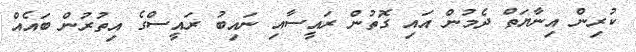
ކުރިން އިނާޔަތް ދެމުން އައި ގޮތުން ރައީސާއި ނައިބު ރައީސްގެ އިތުރުން ބައެއް